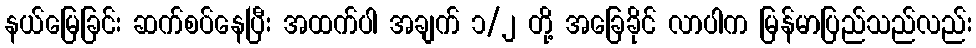
နယ်မြေခြင်း ဆက်စပ်နေပြီး အထက်ပါ အချက် ၁/၂ တို့ အခြေခိုင် လာပါက မြန်မာပြည်သည်လည်း